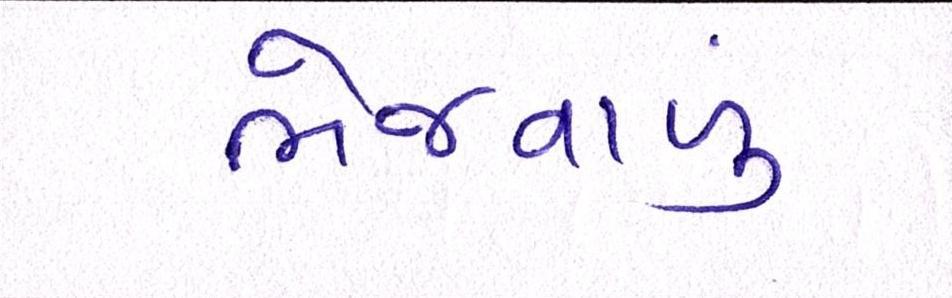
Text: ભેજવાળું